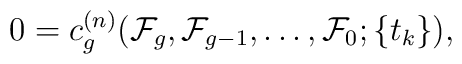
0=c_{g}^{(n)} ( {\cal F}_g, {\cal F}_{g-1}, \ldots, {\cal F}_0 ; \{t_k\} ),